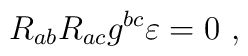
R_{ab} R_{ac} g^{bc} \varepsilon = 0~,